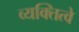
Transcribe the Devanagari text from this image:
व्यक्तित्वे